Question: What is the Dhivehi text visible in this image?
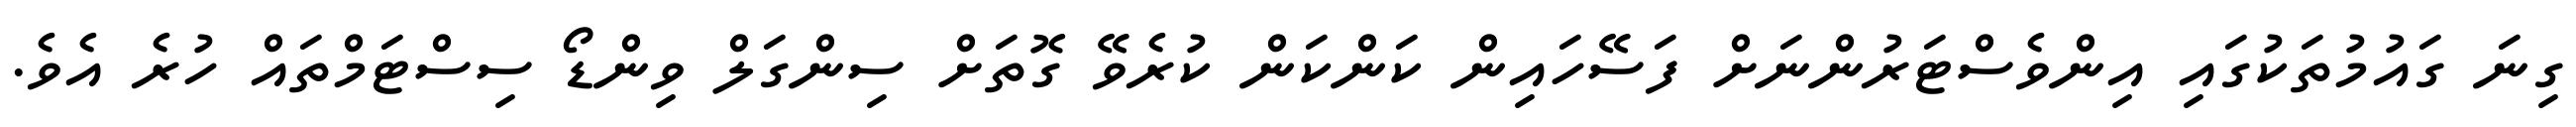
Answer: ގިނަ ގައުމުތަކުގައި އިންވެސްޓަރުންނަށް ފަސޭހައިން ކަންކަން ކުރެވޭ ގޮތަށް ސިންގަލް ވިންޑޯ ސިސްޓަމްތައް ހުރެ އެވެ.